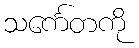
သင်္ကေတကို